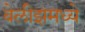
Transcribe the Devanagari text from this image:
बेलीझमध्ये